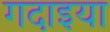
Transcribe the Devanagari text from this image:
गदाइया